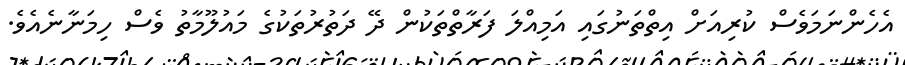
އެހެންނަމަވެސް ކުރިއަށް އިތްތަނުގައި އަމިއްލަ ފަރާތްތަކުން ދޭ ދަތުރުތަކުގެ މައުލޫމާތު ވެސް ހިމަނާނެއެވެ.